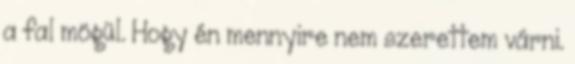
a fal mögül. Hogy én mennyire nem szerettem várni.